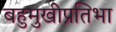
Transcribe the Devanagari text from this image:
बहुमुखीप्रतिभा